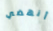
أنهضي